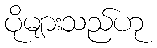
ပိုများသည်ဟု